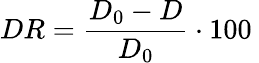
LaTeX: DR=\frac{D_{0}-D}{D_{0}}\cdot 100\